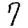
Digit: 7